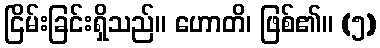
ငြိမ်းခြင်းရှိသည်။ ဟောတိ၊ ဖြစ်၏။ (၅)